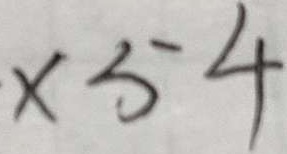
\times 5 4